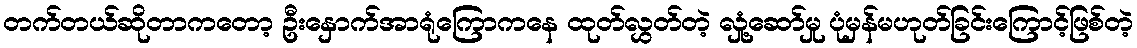
တက်တယ်ဆိုတာကတော့ ဦးနှောက်အာရုံကြောကနေ ထုတ်လွှတ်တဲ့ လှုံ့ဆော်မှု ပုံမှန်မဟုတ်ခြင်းကြောင့်ဖြစ်တဲ့